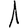
Digit: 1